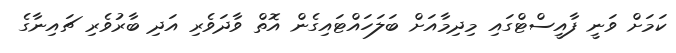
ކަމަށް ވަނީ ފާއީސްޓްގައި މިދިމާއަށް ބަލަހައްޓައިގެން އޮތް ވާދަވެރި އަދި ބާރުވެރި ޗައިނާގެ